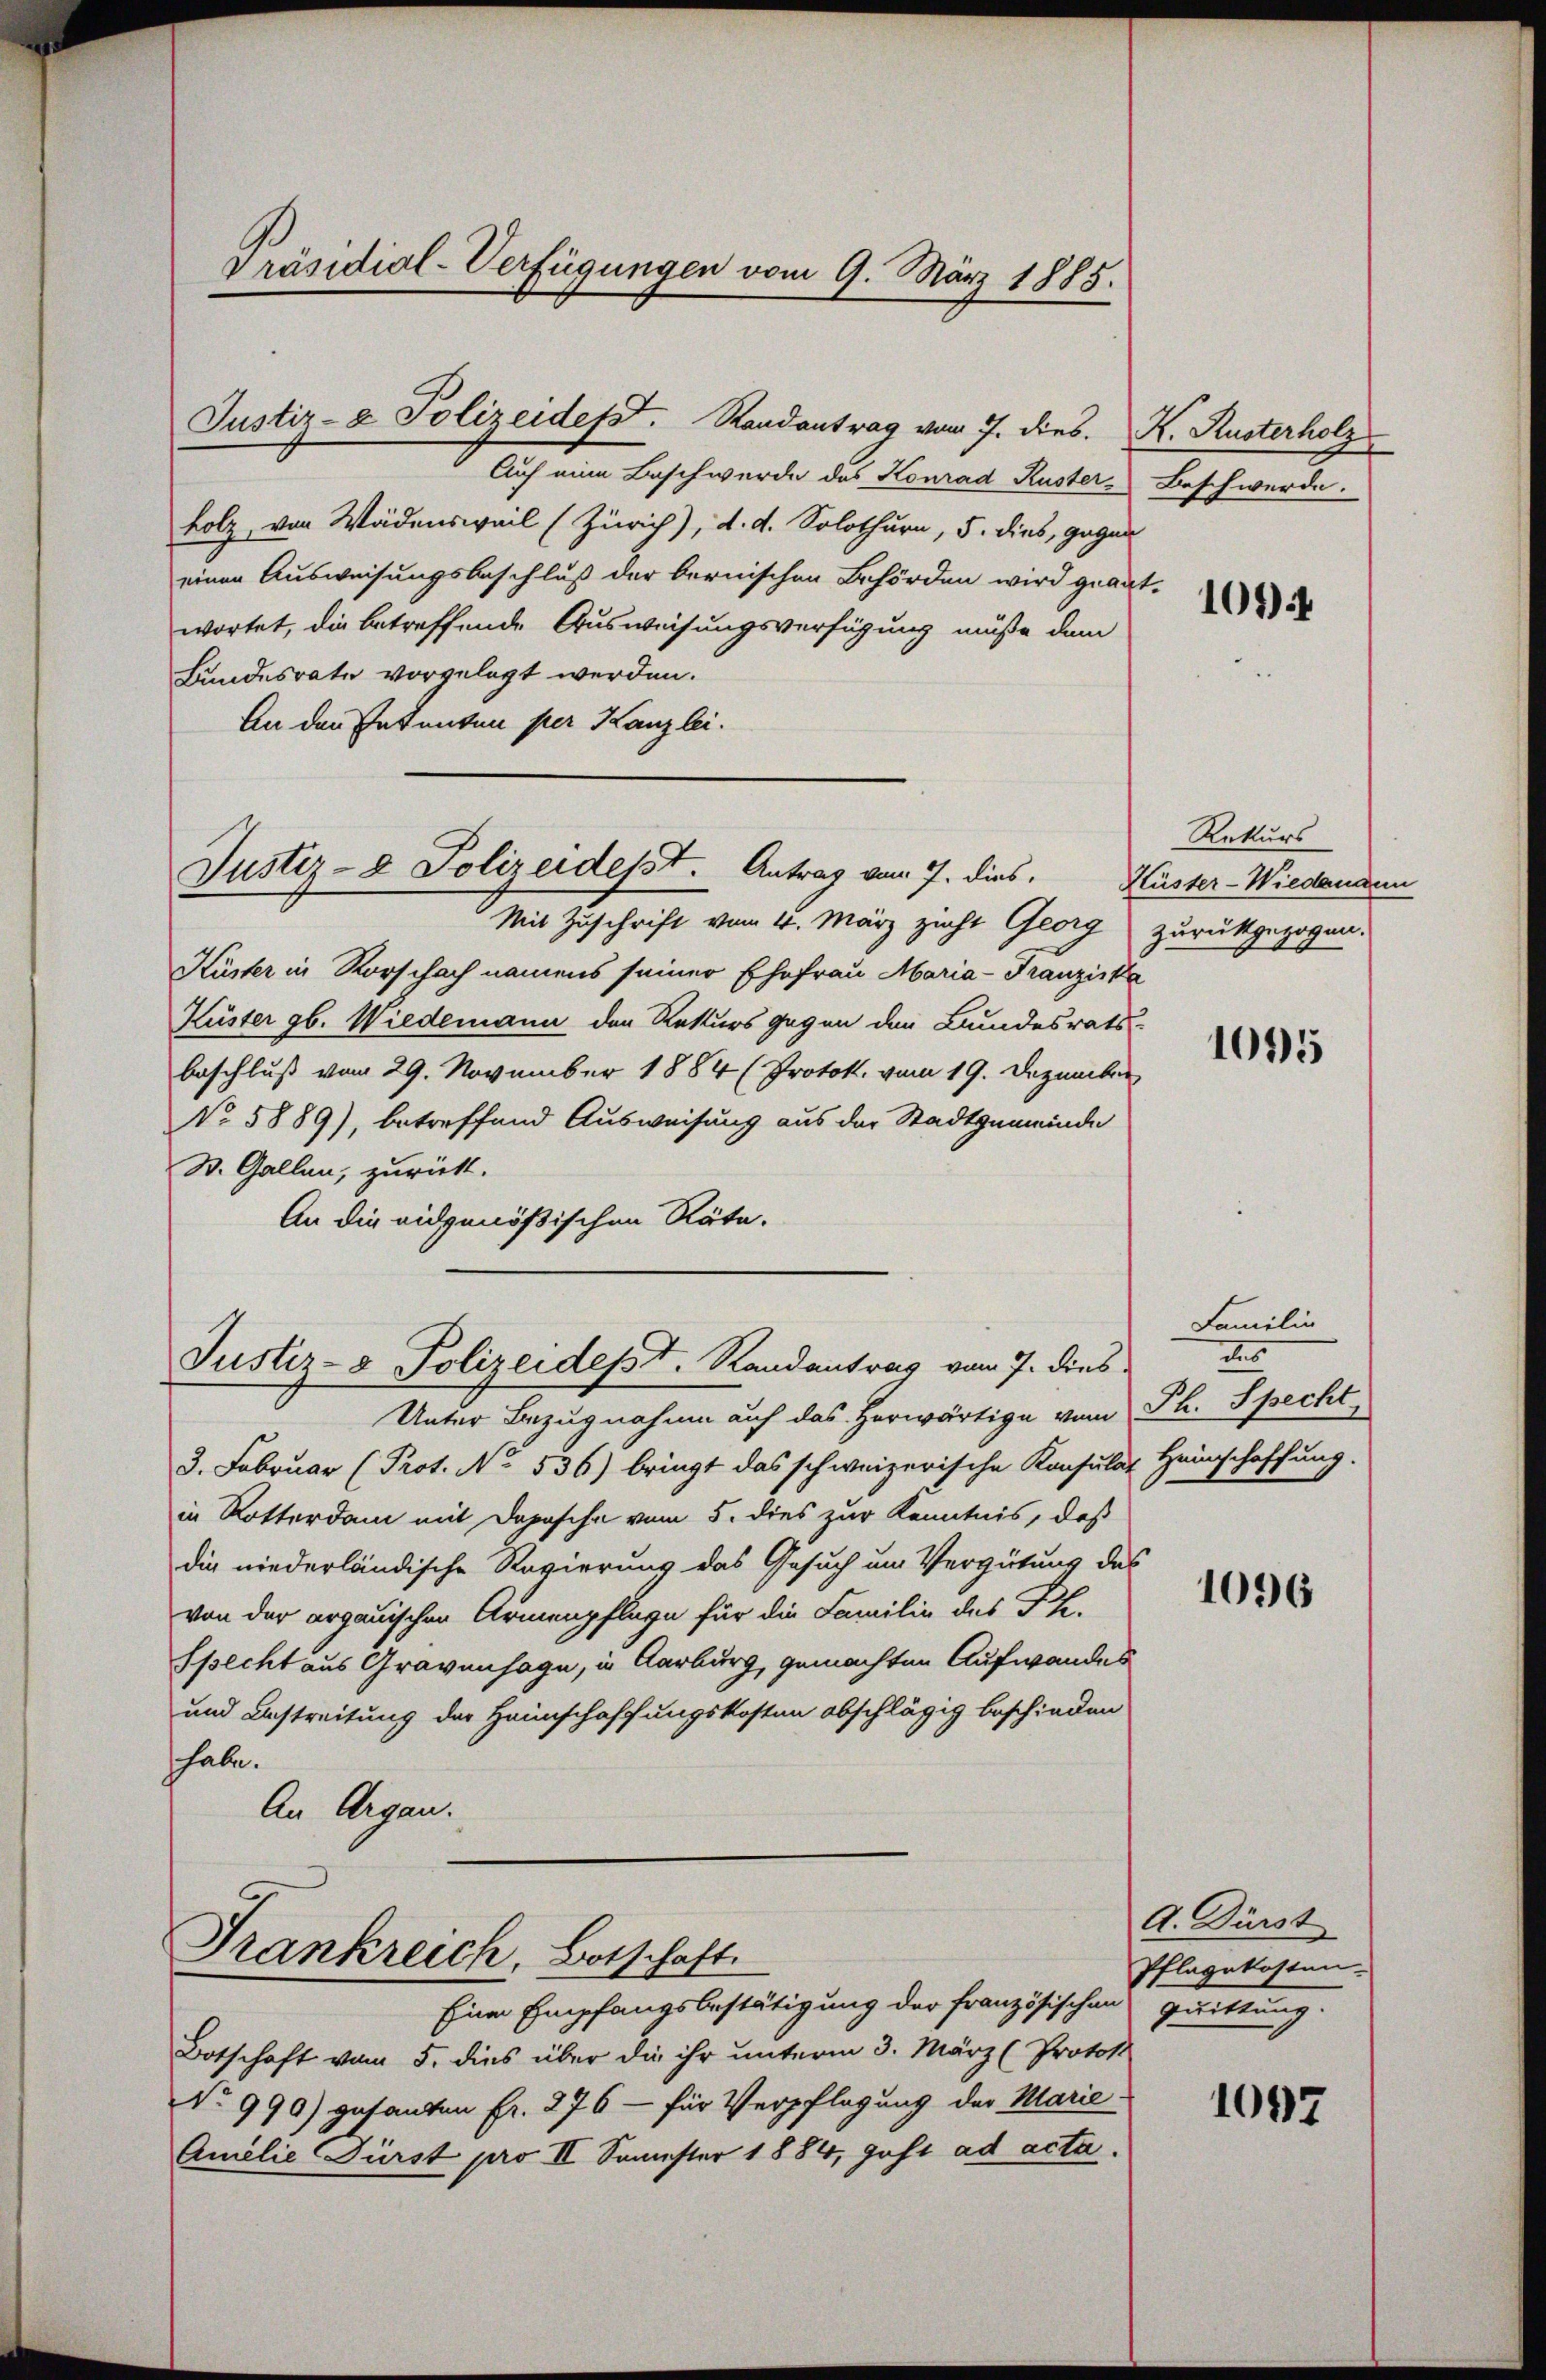
Auf eine Beschwerde des Konrad Kuster-Beschwerde.
holz, von Wädensweil (Zürich), d. d. Solothurn, 5. dies, gegen
einen Ausweisungsbeschluß der bernischen Behörden wird geant-
wortet, die betreffende Ausweisungsverfügung müße dem
Bundesrate vorgelegt werden.
An den Ententen per Kanzlei.

Präsidial-Verfügungen vom 9. März 1885.

Justiz- & Polizeidesst. Randantrag vom 7. dies. K. Rusterholz

Justiz- & Polizeidesst. Antrag vom 7. dies.

Mit Zuschrift vom 4. März zicht Georg zurückgezogen.
Küster in Rorschach namens seiner Ehefrau Maria-Franziska
Küster gb. Wiedemann den Rekurs gegen den Bundesrats
beschluß vom 29. November 1884 (Protok. vom 19. Dezember
No 5889), betreffend Ausweisung aus der Stadtgemeinde
W. Gallen, zurückt.
An die eidgenößischen Räte.

Justiz- & Polizeidept. Randantrag vom 7. dies

Frankreich, Botschaft

Unter Bezugnahme auf das herwärtige vom Ph. Specht
3. Februar (Prot. No. 536) bringt das schweizerische Konsulat Heinschaffung.
in Rotterdam mit Dopische vom 5. dies zur Kenntnis, daß
die niederländische Revierung das Gesuch um Vergütung des
von der argauischen Armenpflege für die Familie des PR.
specht aus Gravenhage, in Aarburg, gemachten Aufwandes
und Anstreitung der Haunschaffungskosten abschlägig beschieden
shabe.
An Argau.

101)

Rekurs
Küster-Wiedenann

Eine Empfangsbestätigung der Französischen Quittung.
Botschaft vom 5. dies über die ihr unterm 3. März (Protok
No 990) gesandten fr. 276 - für Verpflegung der Marie-
Amelie Fürst pro II Semester 1884, geht ad acta.

1095

Familin
s

1096

A. Dürst
Pflagekosten-

1097